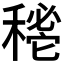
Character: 𥡔